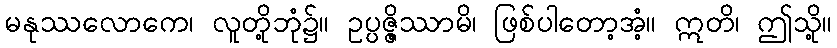
မနုဿလောကေ၊ လူတို့ဘုံ၌။ ဥပ္ပဇ္ဇိဿာမိ၊ ဖြစ်ပါတော့အံ့။ ဣတိ၊ ဤသို့။